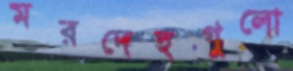
মরদেহগুলো